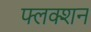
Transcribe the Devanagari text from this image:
फ्लक्शन